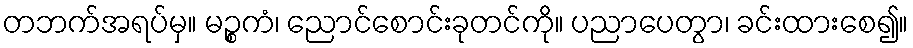
တဘက်အရပ်မှ။ မဉ္စကံ၊ ညောင်စောင်းခုတင်ကို။ ပညာပေတွာ၊ ခင်းထားစေ၍။